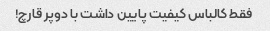
فقط کالباس کیفیت پایین داشت با دوپر قارچ!